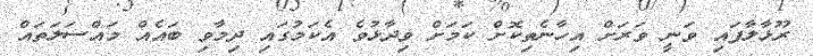
ރޫޅާލާފައި ވަނީ ވަރަށް އިހާނެތިކޮށް ކަމަށް ވިދާޅުވެ އެކަމުގައި ދިމާވި ބައެއް މައްސަލަތައް